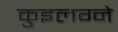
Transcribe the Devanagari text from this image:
कुइलग्ने